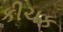
કીચક